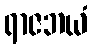
ရာဇဘယံ